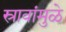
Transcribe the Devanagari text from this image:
स्रावांमुळे